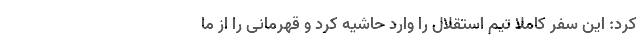
کرد: این سفر کاملا تیم استقلال را وارد حاشیه کرد و قهرمانی را از ما